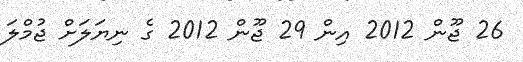
26 ޖޫން 2012 އިން 29 ޖޫން 2012 ގެ ނިޔަލަށް ޖުމްލަ